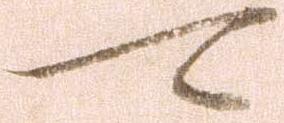
可